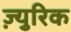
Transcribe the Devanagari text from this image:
ज़्युरिक